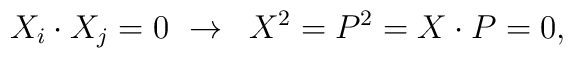
X_{i}\cdot X_{j}=0\,\,\rightarrow \,\,\,X^{2}=P^{2}=X\cdot P=0,